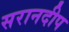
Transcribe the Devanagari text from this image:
सरानदीप